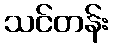
သင်တန်း